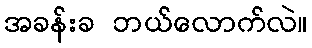
အခန်းခ ဘယ်လောက်လဲ။